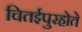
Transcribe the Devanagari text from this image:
चितईपुरहोते